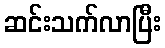
ဆင်းသက်လာပြီး